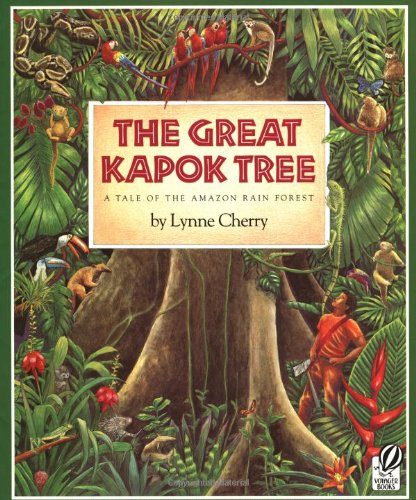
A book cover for The Great Kapok Tree: A Tale of the Amazon Rain Forest; Lynne Cherry; Science & Math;